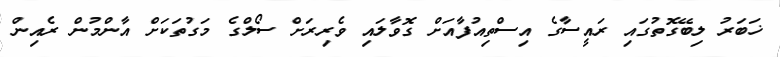
ޚަބަރު ލިބޭގޮތުގައި ރައީސާގެ އިސްތިއުފާއަށް ގޮވާލައި ވެރިރަށް ސޯލްގެ މަގުތަކަށް އާންމުން ރެއިން